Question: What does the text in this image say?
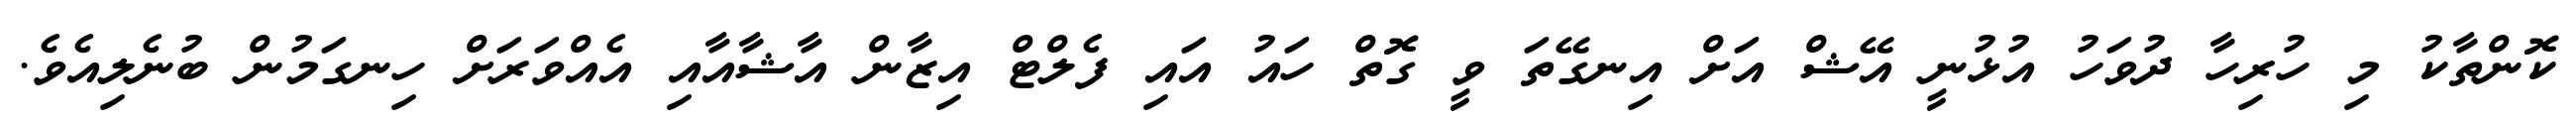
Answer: ކޮންތާކު މި ހުރިހާ ދުވަހު އުޅުނީ އޭޝް އަށް އިނގޭތަ ވީ ގޮތް ހައު އައި ފެލްޓް އިޒާން އާޝާއާއި އެއްވަރަށް ހިނގަމުން ބުނެލިއެވެ.